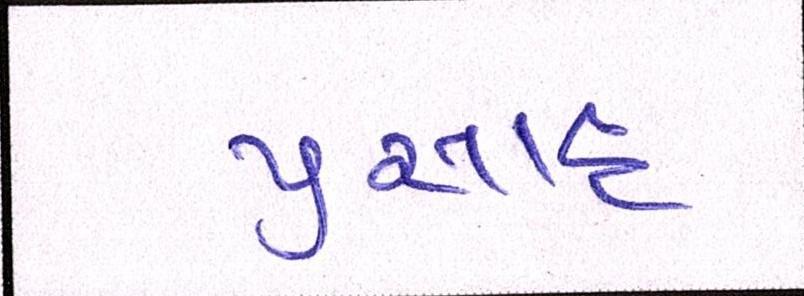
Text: પ્રસાદ